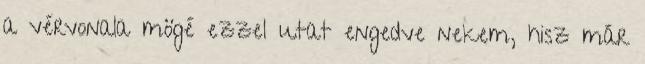
a vérvonala mögé ezzel utat engedve nekem, hisz már